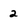
Character: 2